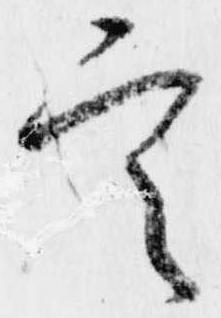
定